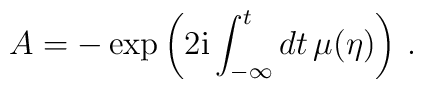
A =-\exp \left(2{\rm i}\int_{-\infty }^t dt \,\mu (\eta)\right)\,.